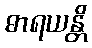
ဓာရယန္တိ